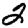
Digit: 2